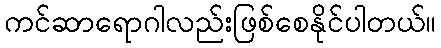
ကင်ဆာရောဂါလည်းဖြစ်စေနိုင်ပါတယ်။